Civil Veterinary Department. United Provinces 1932-42 - 1932-1942
Year: 1932
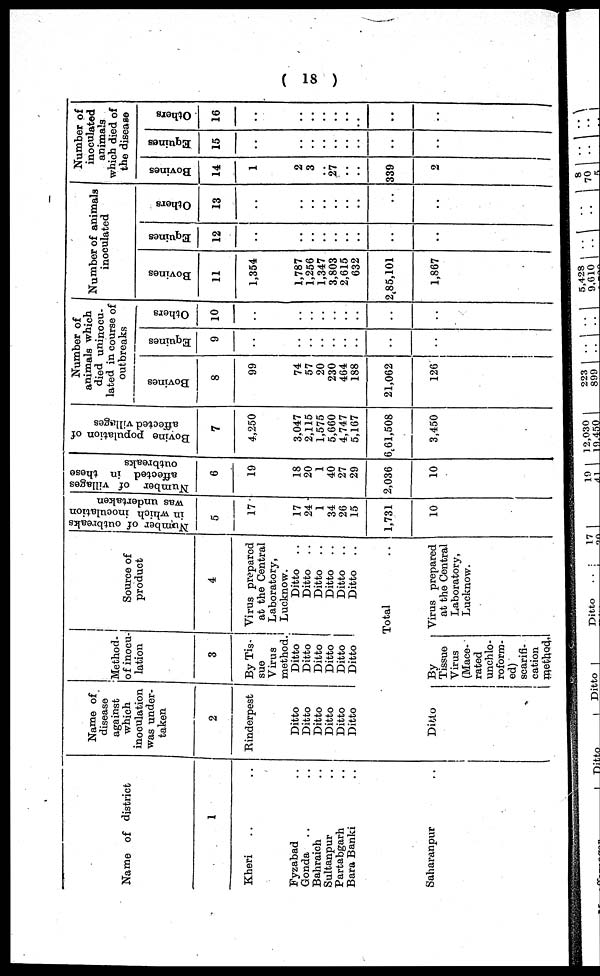
( 18 )
Name of district
1
Kheri .. ..
Fyzabad ..
Gonda .. ..
Bahraich .. ..
Sultanpur ..
Partabgarh ..
Bara Banki ..
Saharanpur ..
Name of
disease
against
which
inoculation
was under-
taken
2
Rinderpest
Ditto
Ditto
Ditto
Ditto
Ditto
Ditto
Method-
of inocu-
lation
3
By Tis-
sue
Virus
method.
Ditto
Ditto
Ditto
Ditto
Ditto
Ditto
Source of
product
4
Virus prepared
at the Central
Laboratory,
Lucknow.
Ditto ..
Ditto
..
Ditto ..
Ditto ..
Ditto ..
Ditto ..
Total ..
Ditto
By
Tissue
Virus
(Mace-
rated
unchlo-
roform-
ed)
scarifi-
cation
method.
Virus prepared
at the Central
Laboratory,
Lucknow.
Number of outbreaks
in which inoculation
was undertaken
5
17
17
24
1
34
26
15
1,731
10
Number of villages
affected in these
outbreaks
6
19
18
20
1
40
27
29
2,036
10
Bovine population of
affected villages
7
4,250
3,047
2,115
1,575
5,660
4,747
5,167
6,61,508
3,450
Number of
animals which
died uninocu-
lated in course of
outbreaks
Bovines
8
99
74
57
20
230
464
188
21,062
126
Equines
9
..
..
..
..
..
..
..
..
..
Others
10
..
..
..
..
..
..
..
..
..
Number of animals
inoculated
Bovines
11
1,354
1,787
1,256
1,347
3,803
2,615
632
2,85,101
1,867
Equines
12
..
..
..
..
..
..
..
..
..
Others
13
..
..
..
..
..
..
..
..
..
Number of
inoculated
animals
which died of
the disease
Bovines
14
1
2
3
..
27
..
..
339
2
Equines
15
..
..
..
..
..
..
..
..
..
Others
16
..
..
..
..
..
..
..
..
..